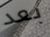
بعد